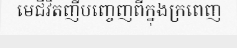
មេជីវិតញីបញ្ចេញពីក្នុងក្រពេញ